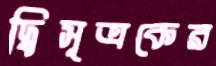
দ্বিসূত্রকের